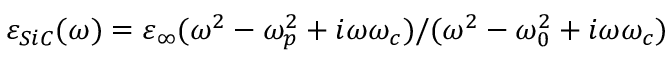
\varepsilon _ { S i C } ( \omega ) = \varepsilon _ { \infty } ( \omega ^ { 2 } - \omega _ { p } ^ { 2 } + i \omega \omega _ { c } ) / ( \omega ^ { 2 } - \omega _ { 0 } ^ { 2 } + i \omega \omega _ { c } )